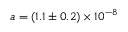
a = ( 1 . 1 \pm 0 . 2 ) \times 1 0 ^ { - 8 }